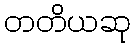
တတိယဆု